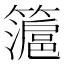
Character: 𱸭